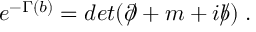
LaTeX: e ^ { - \Gamma ( b ) } = d e t ( \partial \! \! \! / + m + i b \! \! \! / ) \; .